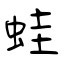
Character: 蛙